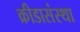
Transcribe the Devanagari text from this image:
क्रीडासंस्था